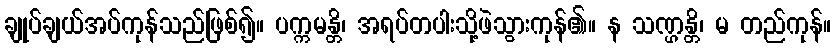
ချုပ်ချယ်အပ်ကုန်သည်ဖြစ်၍။ ပက္ကမန္တိ၊ အရပ်တပါးသို့ဖဲသွားကုန်၏။ န သဏ္ဌန္တိ၊ မ တည်ကုန်။